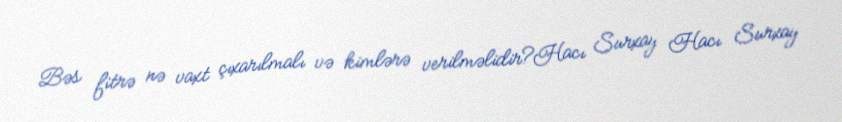
Bəs fitrə nə vaxt çıxarılmalı və kimlərə verilməlidir?Hacı Surxay Hacı Surxay